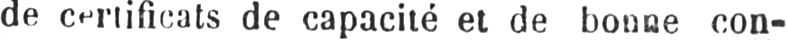
de capacité et de bonne con-